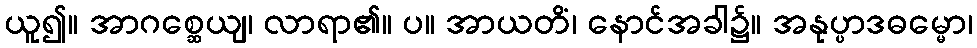
ယူ၍။ အာဂစ္ဆေယျ၊ လာရာ၏။ ပ။ အာယတိံ၊ နောင်အခါ၌။ အနုပ္ပာဒဓမ္မော၊